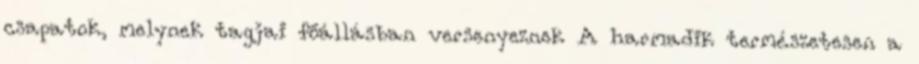
csapatok, melynek tagjai főállásban versenyeznek A harmadik természetesen a